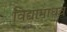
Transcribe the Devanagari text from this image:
विद्यामाधव